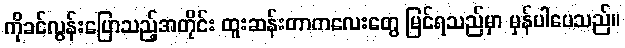
ကိုခင်လွန်းပြောသည့်အတိုင်း ထူးဆန်းတာကလေးတွေ မြင်ရသည်မှာ မှန်ပါပေသည်။